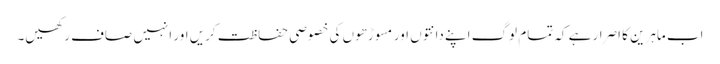
اب ماہرین کا اصرار ہے کہ تمام لوگ اپنے دانتوں اور مسوڑھوں کی خصوصی حفاظت کریں اور انہیں صاف رکھیں۔